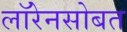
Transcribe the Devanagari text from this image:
लॉरेनसोबत